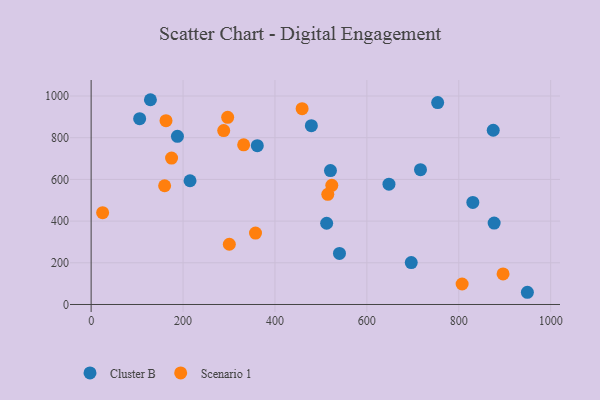
{"axis": {"x": "Experience", "y": "Salary"}, "legend": ["Cluster B", "Scenario 1"], "data": [{"x": "361.6", "y": 762.0, "type": "Cluster B"}, {"x": "512.5", "y": 389.8, "type": "Cluster B"}, {"x": "696.6", "y": 200.9, "type": "Cluster B"}, {"x": "875.0", "y": 835.9, "type": "Cluster B"}, {"x": "129.0", "y": 982.2, "type": "Cluster B"}, {"x": "540.4", "y": 244.9, "type": "Cluster B"}, {"x": "187.8", "y": 806.5, "type": "Cluster B"}, {"x": "520.8", "y": 642.4, "type": "Cluster B"}, {"x": "479.2", "y": 857.6, "type": "Cluster B"}, {"x": "877.0", "y": 390.4, "type": "Cluster B"}, {"x": "949.3", "y": 58.6, "type": "Cluster B"}, {"x": "754.1", "y": 968.5, "type": "Cluster B"}, {"x": "105.6", "y": 891.1, "type": "Cluster B"}, {"x": "215.2", "y": 593.5, "type": "Cluster B"}, {"x": "648.1", "y": 577.0, "type": "Cluster B"}, {"x": "830.6", "y": 489.5, "type": "Cluster B"}, {"x": "716.7", "y": 646.6, "type": "Cluster B"}, {"x": "162.9", "y": 881.5, "type": "Scenario 1"}, {"x": "159.9", "y": 569.5, "type": "Scenario 1"}, {"x": "896.4", "y": 146.4, "type": "Scenario 1"}, {"x": "459.1", "y": 939.4, "type": "Scenario 1"}, {"x": "807.3", "y": 98.2, "type": "Scenario 1"}, {"x": "523.7", "y": 571.4, "type": "Scenario 1"}, {"x": "175.0", "y": 702.2, "type": "Scenario 1"}, {"x": "25.0", "y": 440.5, "type": "Scenario 1"}, {"x": "515.0", "y": 528.3, "type": "Scenario 1"}, {"x": "357.7", "y": 342.8, "type": "Scenario 1"}, {"x": "288.5", "y": 834.1, "type": "Scenario 1"}, {"x": "297.1", "y": 897.9, "type": "Scenario 1"}, {"x": "331.9", "y": 765.8, "type": "Scenario 1"}, {"x": "300.7", "y": 289.0, "type": "Scenario 1"}]}